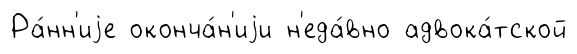
Ра́нн'иjе оконча́н'иjи н'еда́вно адвока́тской